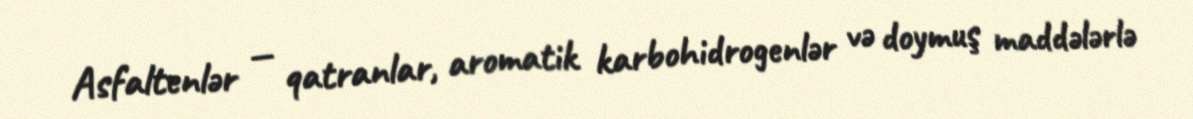
Asfaltenlər — qatranlar, aromatik karbohidrogenlər və doymuş maddələrlə